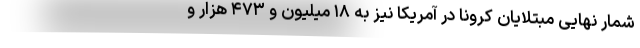
شمار نهایی مبتلایان کرونا در آمریکا نیز به ۱۸ میلیون و ۴۷۳ هزار و